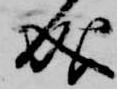
成